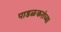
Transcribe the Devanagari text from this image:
पाडळकरांच्या